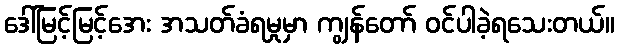
ဒေါ်မြင့်မြင့်အေး အသတ်ခံရမှုမှာ ကျွန်တော် ဝင်ပါခဲ့ရသေးတယ်။